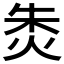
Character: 𰞐